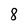
Character: 8